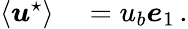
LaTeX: \begin{array}{rl}{\langle\boldsymbol{u}^{\star}\rangle}&{{}=u_{b}\boldsymbol{e}_{1}\, .}\end{array}